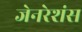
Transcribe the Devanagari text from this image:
जेनरेशंस